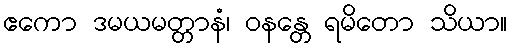
ဧကော ဒမယမတ္တာနံ၊ ဝနန္တေ ရမိတော သိယာ။